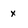
Character: x